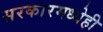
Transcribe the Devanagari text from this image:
सरकारमध्येही